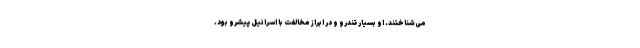
می‌شناختند. او بسیار تندرو و در ابراز مخالفت با اسرائیل پیشرو بود.